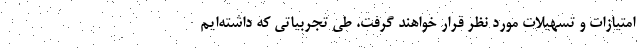
امتیازات و تسهیلات مورد نظر قرار خواهند گرفت. طی تجربیاتی که داشته‌ایم